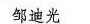
邹迪光